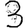
Digit: 3